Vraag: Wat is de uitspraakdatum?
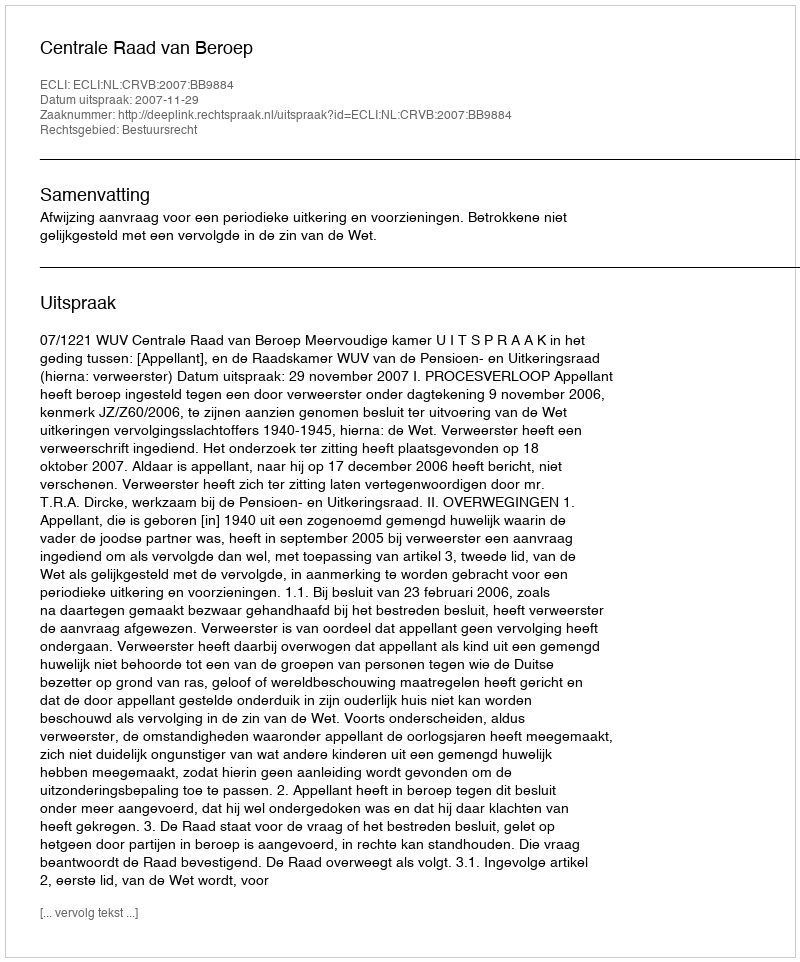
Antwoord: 2007-11-29